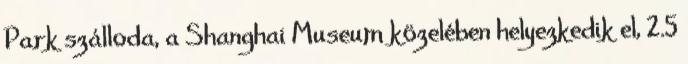
Park szálloda, a Shanghai Museum közelében helyezkedik el, 2.5